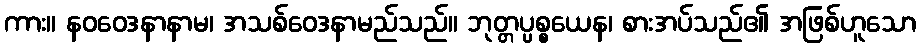
ကား။ နဝဝေဒနာနာမ၊ အသစ်ဝေဒနာမည်သည်။ ဘုတ္တပ္ပစ္စယေန၊ စားအပ်သည်၏ အဖြစ်ဟူသော